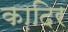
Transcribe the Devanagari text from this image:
का़दिर